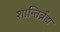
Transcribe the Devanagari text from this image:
शान्तिर्ब्रह्म